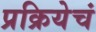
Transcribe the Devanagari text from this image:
प्रक्रियेचं